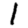
Digit: 1